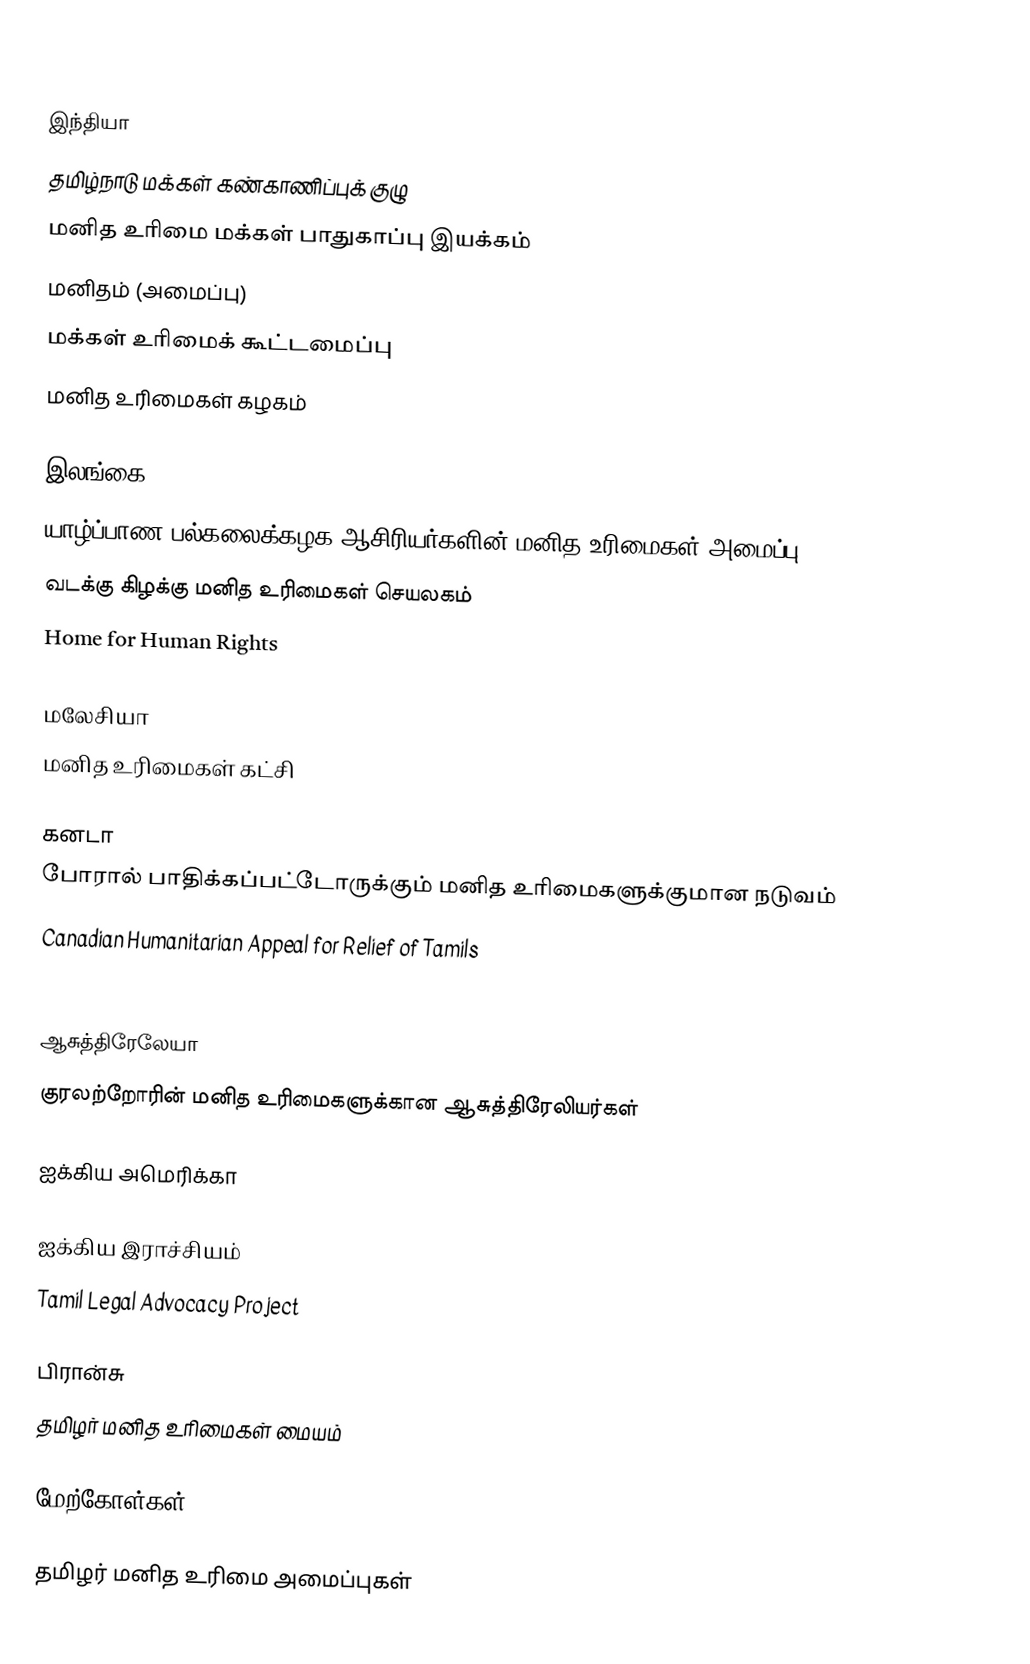

இந்தியா
 தமிழ்நாடு மக்கள் கண்காணிப்புக் குழு
 மனித உரிமை மக்கள் பாதுகாப்பு இயக்கம்
 மனிதம் (அமைப்பு)
 மக்கள் உரிமைக் கூட்டமைப்பு
 மனித உரிமைகள் கழகம்

இலங்கை
 யாழ்ப்பாண பல்கலைக்கழக ஆசிரியர்களின் மனித உரிமைகள் அமைப்பு
 வடக்கு கிழக்கு மனித உரிமைகள் செயலகம்
 Home for Human Rights

மலேசியா
 மனித உரிமைகள் கட்சி

கனடா
 போரால் பாதிக்கப்பட்டோருக்கும் மனித உரிமைகளுக்குமான நடுவம்
 Canadian Humanitarian Appeal for Relief of Tamils
 Canadian Human Rights Voice

ஆசுத்திரேலேயா
 குரலற்றோரின் மனித உரிமைகளுக்கான ஆசுத்திரேலியர்கள்

ஐக்கிய அமெரிக்கா

ஐக்கிய இராச்சியம்
 Tamil Legal Advocacy Project

பிரான்சு
 தமிழர் மனித உரிமைகள் மையம்

மேற்கோள்கள்

தமிழர் மனித உரிமை அமைப்புகள்